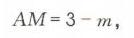
\(AM = 3 - m\)